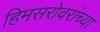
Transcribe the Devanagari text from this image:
हिमसरोवरांच्या